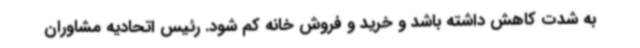
به شدت کاهش داشته باشد و خرید و فروش خانه کم شود. رئیس اتحادیه مشاوران